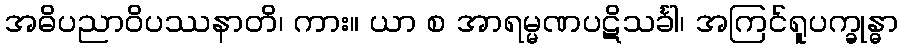
အဓိပညာဝိပဿနာတိ၊ ကား။ ယာ စ အာရမ္မဏပဋိသင်္ခါ၊ အကြင်ရူပက္ခုန္ဓာ